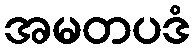
အမတပဒံ